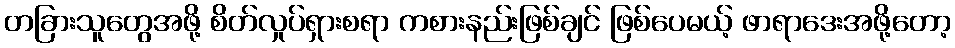
တခြားသူတွေအဖို့ စိတ်လှုပ်ရှားစရာ ကစားနည်းဖြစ်ချင် ဖြစ်ပေမယ့် ဖာရာဒေးအဖို့တော့